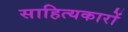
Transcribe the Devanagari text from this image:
साहित्‍यकारों